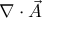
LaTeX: \nabla \cdot { \vec { A } }